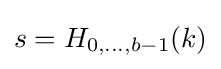
s=H_{0,\dots ,b-1}(k)